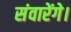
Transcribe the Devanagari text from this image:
संवारेंगे।